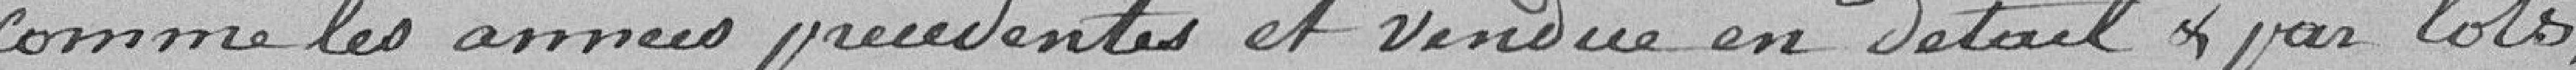
comme les années précédentes et vendue en détail & par lots,